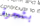
بشجرة